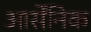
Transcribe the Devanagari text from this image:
आर्सेंनिक